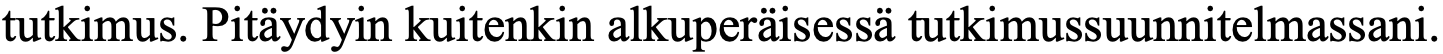
tutkimus. Pitäydyin kuitenkin alkuperäisessä tutkimussuunnitelmassani.